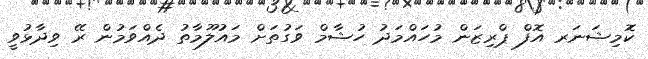
ކޮމިޝަނަރ އޮފް ޕްރިޒަން މުހައްމަދު ހުޝާމް ވަގުތަށް މައުލޫމާތު ދެއްވަމުން ރޭ ވިދާޅުވީ